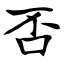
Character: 否